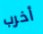
أخرب